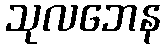
သုလဘေန